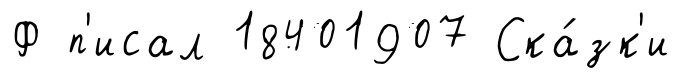
Ф п'исал 18401907 Ска́зк'и